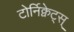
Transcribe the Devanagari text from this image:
टोर्निक्वेट्स्